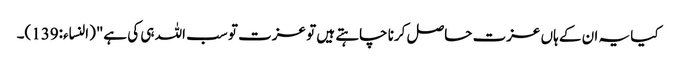
کیا یہ ان کے ہاں عزت حاصل کرنا چاہتے ہیں تو عزت تو سب اللہ ہی کی ہے"(النساء:139)۔